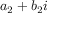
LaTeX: a _ { 2 } + b _ { 2 } i